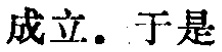
成立。于是